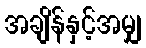
အချိန်နှင့်အမျှ